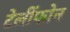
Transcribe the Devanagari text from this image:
टेलींफोन